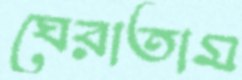
ঘেরাতাম